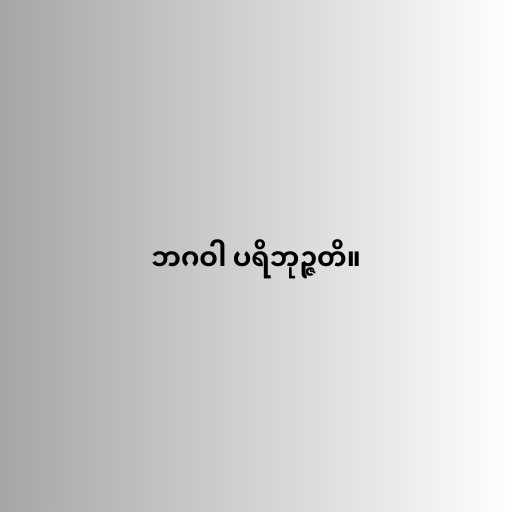
ဘဂဝါ ပရိဘုဉ္ဇတိ။